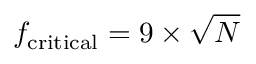
f _ { \mathrm { c r i t i c a l } } = 9 \times { \sqrt { N } }